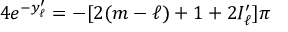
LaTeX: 4 e ^ { - y _ { \ell } ^ { \prime } } = - [ 2 ( m - \ell ) + 1 + 2 I _ { \ell } ^ { \prime } ] \pi